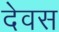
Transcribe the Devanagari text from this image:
देवस